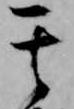
其